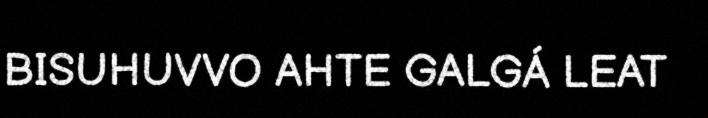
BISUHUVVO AHTE GALGÁ LEAT